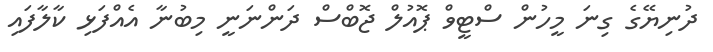
ދުނިޔޭގެ ގިނަ މީހުން ސްޓީވް ޕޮއުލް ޖޮބްސް ދަންނަނީ މިބުނާ އެއްފަޅި ކާލާފައި